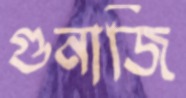
গুনাজি